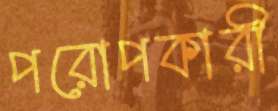
পরোপকারী